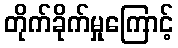
တိုက်ခိုက်မှုကြောင့်